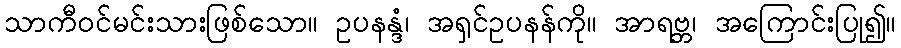
သာကီဝင်မင်းသားဖြစ်သော။ ဥပနန္ဒံ၊ အရှင်ဥပနန်ကို။ အာရဗ္ဘ၊ အကြောင်းပြု၍။